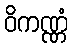
ဝိကဏ္ဏံ